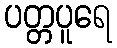
ပတ္တပူရေ